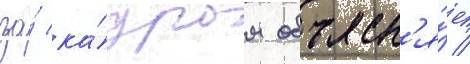
за́ ка́дром объясн'я́ет /